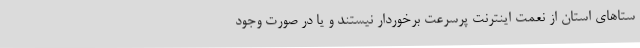
ستاهای استان از نعمت اینترنت پرسرعت برخوردار نیستند و یا در صورت وجود